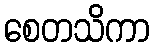
စေတသိကာ